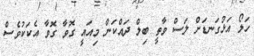
ހަލޯ އަޅުގަނޑަށް ލަސް ވާތީ ބިލް ދައްކަން މިއައީ ގޮވާ ގޮވާ އެކަކުވެސް